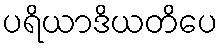
ပရိယာဒိယတိပေ